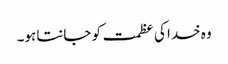
وہ خدا کی عظمت کو جانتا ہو۔